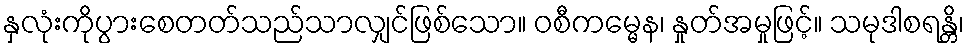
နှလုံးကိုပွားစေတတ်သည်သာလျှင်ဖြစ်သော။ ဝစီကမ္မေန၊ နှုတ်အမှုဖြင့်။ သမုဒါစရန္တိ၊